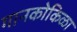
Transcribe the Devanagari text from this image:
गानकोकिळा